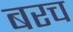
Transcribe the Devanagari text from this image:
बरच